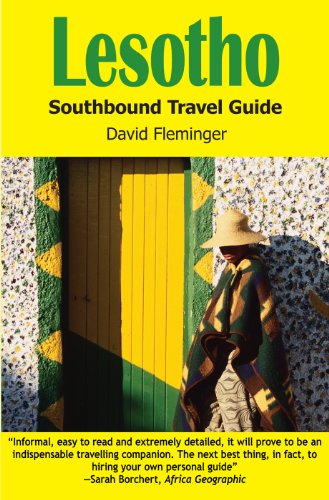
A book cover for Lesotho: Southbound Pocket Guide (Southbound Travel Guides); David Fleminger; Travel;